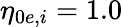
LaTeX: \eta_{0e,i}=1.0